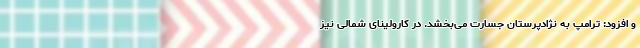
و افزود: ترامپ به نژادپرستان جسارت می‌بخشد. در کارولینای شمالی نیز